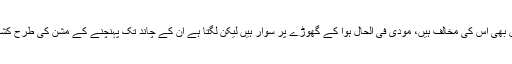
کانگرس اور دوسری سیاسی جماعتیں بھی اس کی مخالف ہیں، مودی فی الحال ہوا کے گھوڑے پر سوار ہیں لیکن لگتا ہے ان کے چاند تک پہنچنے کے مشن کی طرح کشمیر کا منصوبہ بھی ختم ہو جائے گا۔